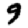
Digit: 9